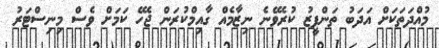
މުއްދަތަކަށް އަދަބު ތަންފީޒު ކުރެވޭނެ ނިޒާމެއް ގާއިމްކުރަން ޖެހޭ ކަމަށް ވެސް މިނިސްޓަރު